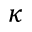
\kappa